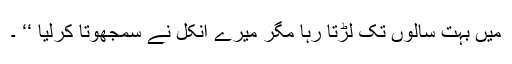
میں بہت سالوں تک لڑتا رہا مگر میرے انکل نے سمجھوتا کرلیا ‘‘ ۔